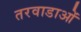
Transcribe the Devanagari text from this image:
तरवाडाओं